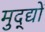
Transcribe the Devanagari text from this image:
मुद्द्यों